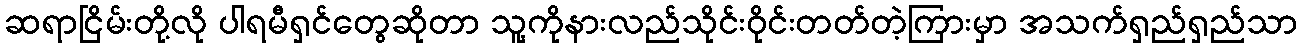
ဆရာငြိမ်းတို့လို ပါရမီရှင်တွေဆိုတာ သူ့ကိုနားလည်သိုင်းဝိုင်းတတ်တဲ့ကြားမှာ အသက်ရှည်ရှည်သာ